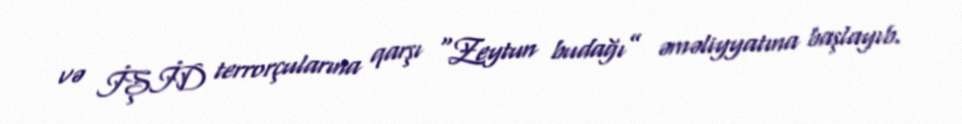
və İŞİD terrorçularına qarşı “Zeytun budağı” əməliyyatına başlayıb.